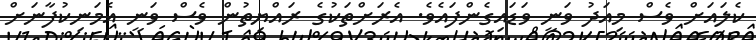
ކެލައަށް ވެސް މިއަދު ވަނީ ވަޑައިގެންފައެވެ. އެރަށްތަކުގެ ރައްޔިތުން ވެސް ވަނީ އެމަނިކުފާނަށް